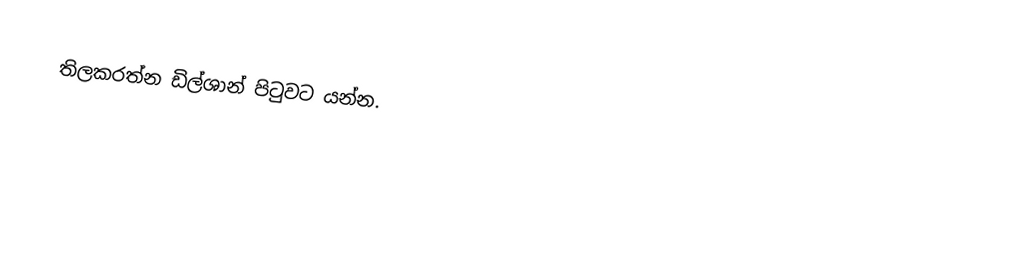
තිලකරත්න ඩිල්ශාන් පිටුවට යන්න.